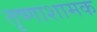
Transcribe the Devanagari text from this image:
तृष्णाशामक